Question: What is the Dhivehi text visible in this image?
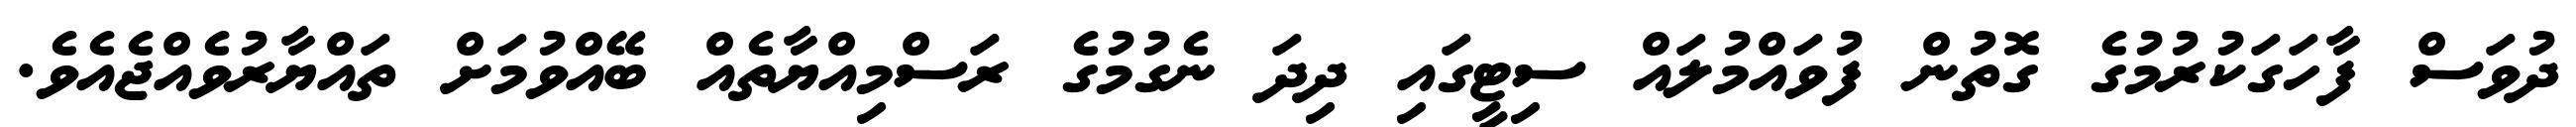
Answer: ދުވަސް ފާހަގަކުރުމުގެ ގޮތުން ފުވައްމުލައް ސިޓީގައި ދިދަ ނެގުމުގެ ރަސްމިއްޔާތެއް ބޭއްވުމަށް ތައްޔާރުވެއްޖެއެވެ.